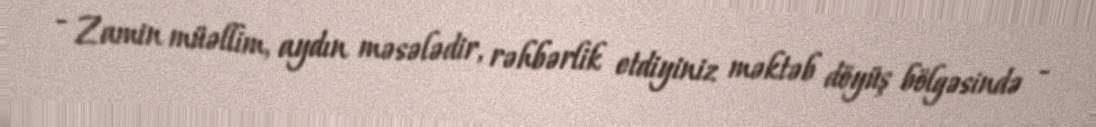
- Zamin müəllim, aydın məsələdir, rəhbərlik etdiyiniz məktəb döyüş bölgəsində -